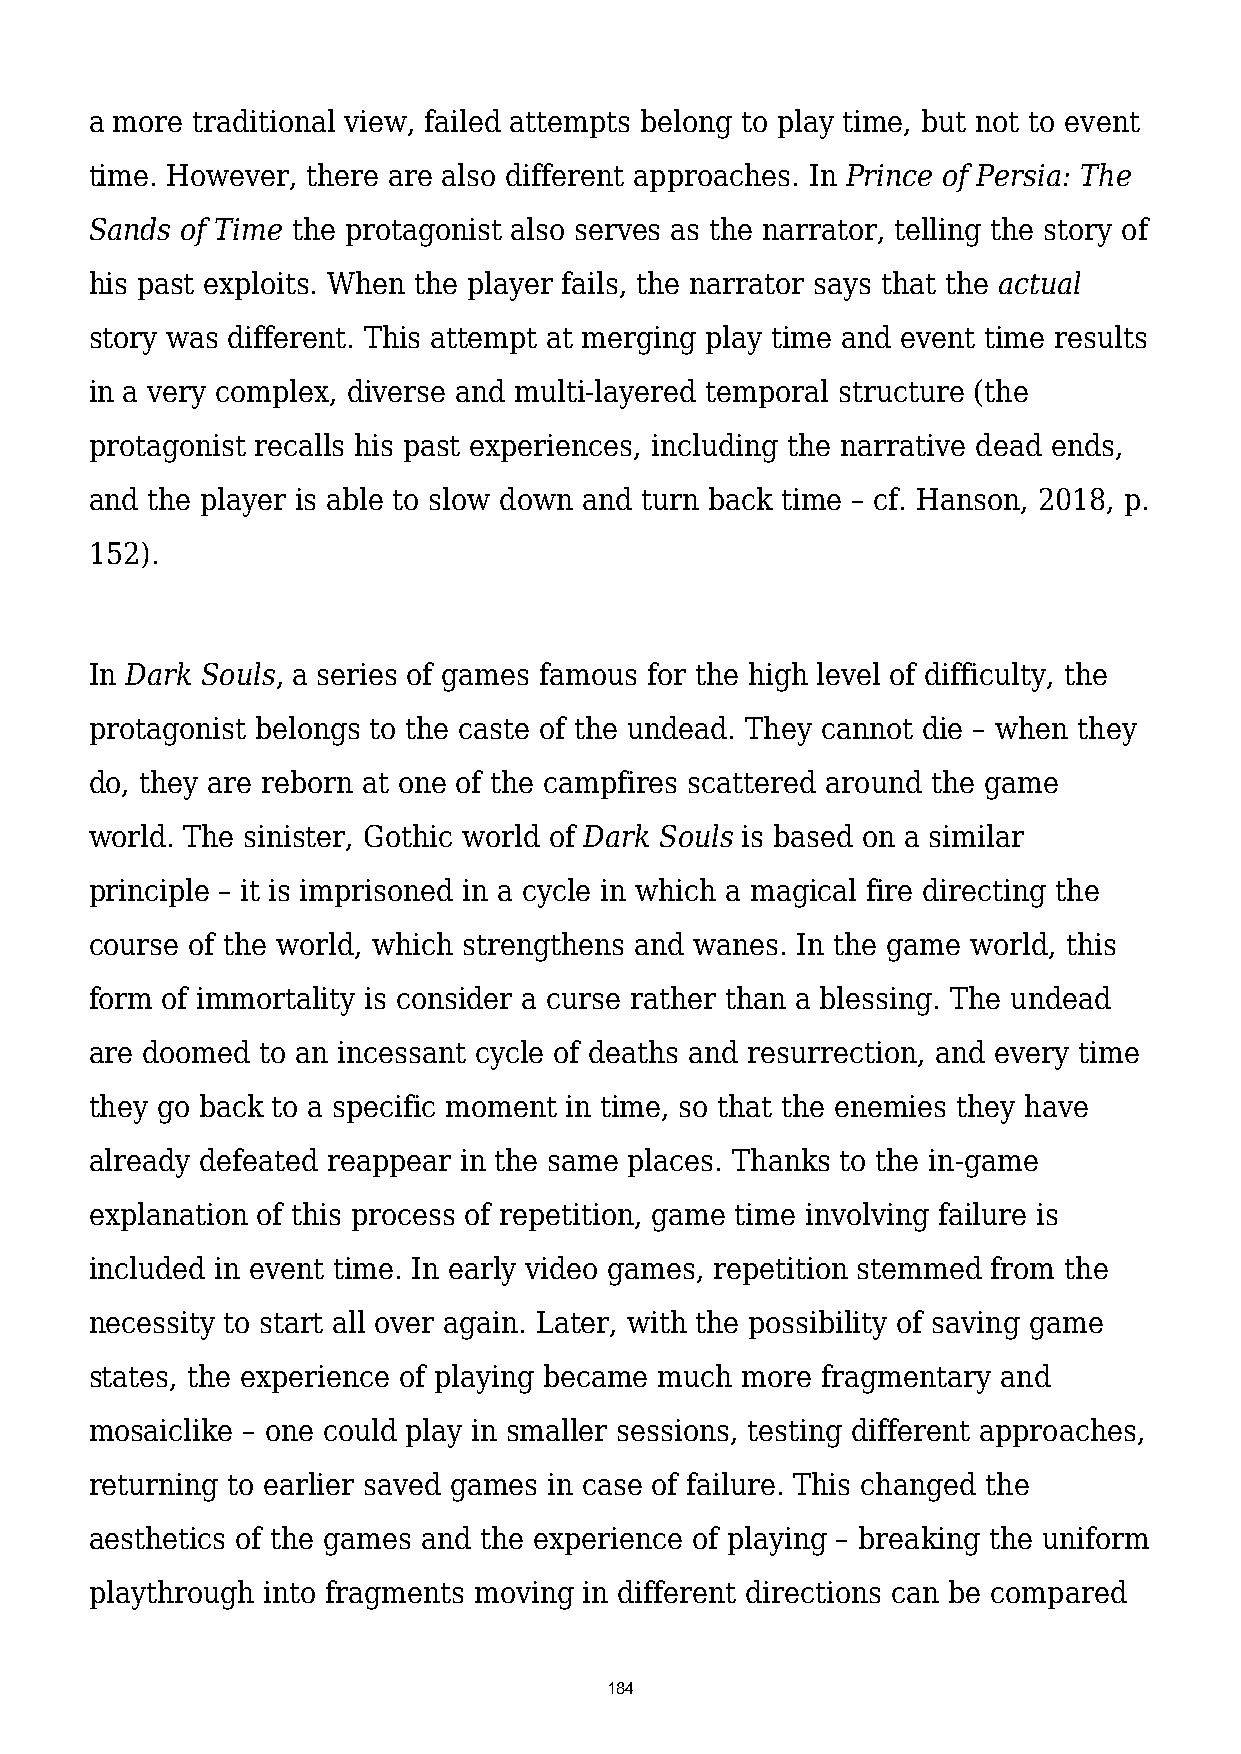
a more traditional view, failed attempts belong to play time, but not to event
 time. However, there are also different approaches. In Prince of Persia: The
 Sands of Time the protagonist also serves as the narrator, telling the story of
 his past exploits. When the player fails, the narrator says that the actual
 story was different. This attempt at merging play time and event time results
 in a very complex, diverse and multi-layered temporal structure (the
 protagonist recalls his past experiences, including the narrative dead ends,
 and the player is able to slow down and turn back time – cf. Hanson, 2018, p.
 152).
 In Dark Souls, a series of games famous for the high level of difficulty, the
 protagonist belongs to the caste of the undead. They cannot die – when they
 do, they are reborn at one of the campfires scattered around the game
 world. The sinister, Gothic world of Dark Souls is based on a similar
 principle – it is imprisoned in a cycle in which a magical fire directing the
 course of the world, which strengthens and wanes. In the game world, this
 form of immortality is consider a curse rather than a blessing. The undead
 are doomed to an incessant cycle of deaths and resurrection, and every time
 they go back to a specific moment in time, so that the enemies they have
 already defeated reappear in the same places. Thanks to the in-game
 explanation of this process of repetition, game time involving failure is
 included in event time. In early video games, repetition stemmed from the
 necessity to start all over again. Later, with the possibility of saving game
 states, the experience of playing became much more fragmentary and
 mosaiclike – one could play in smaller sessions, testing different approaches,
 returning to earlier saved games in case of failure. This changed the
 aesthetics of the games and the experience of playing – breaking the uniform
 playthrough into fragments moving in different directions can be compared
 184